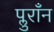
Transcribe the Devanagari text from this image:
प्लुराँन